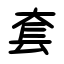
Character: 套